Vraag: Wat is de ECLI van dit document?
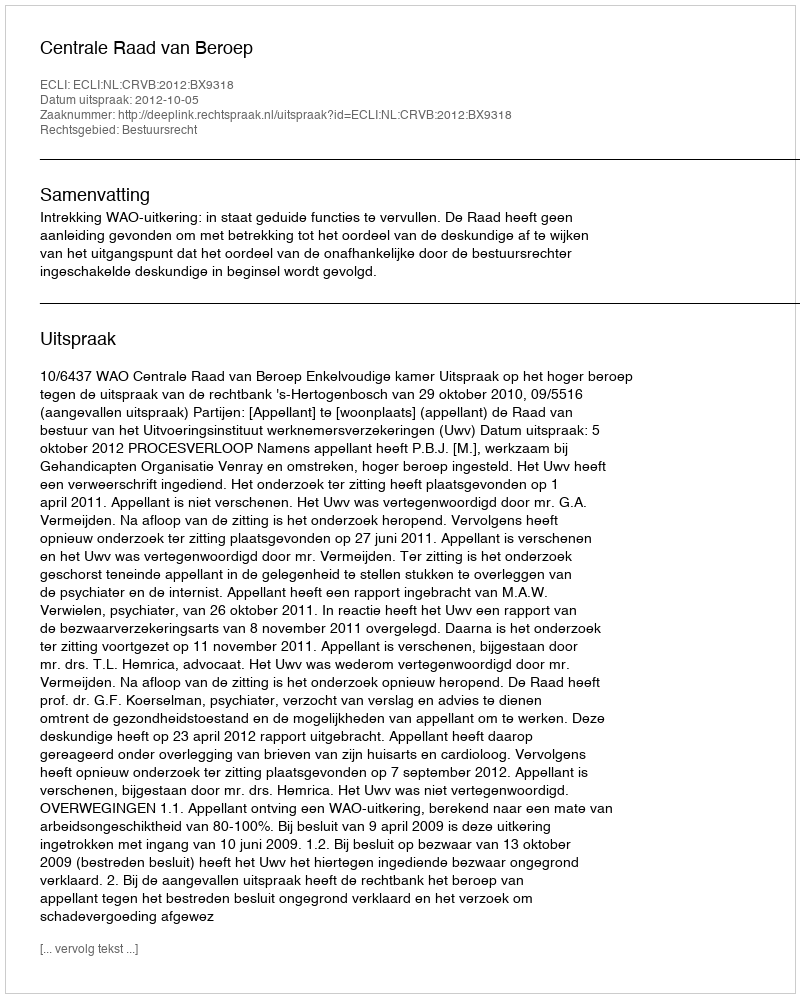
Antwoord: ECLI:NL:CRVB:2012:BX9318